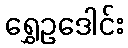
ရွှေဥဒေါင်း